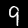
Digit: 9